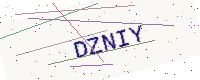
Text: DZNIY